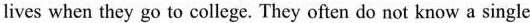
lives when they go to college. They often do not know a single